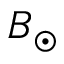
B _ { \odot }